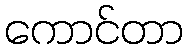
ကောင်တာ